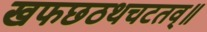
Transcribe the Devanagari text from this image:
खफछठथचटतव्॥